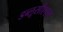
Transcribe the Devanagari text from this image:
डब्लूसीएएम